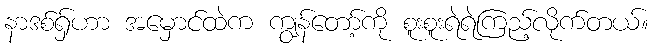
နာဒစ်ရှ်ဟာ အမှောင်ထဲက ကျွန်တော့်ကို စူးစူးရဲရဲကြည့်လိုက်တယ်။